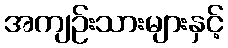
အကျဉ်းသားများနှင့်